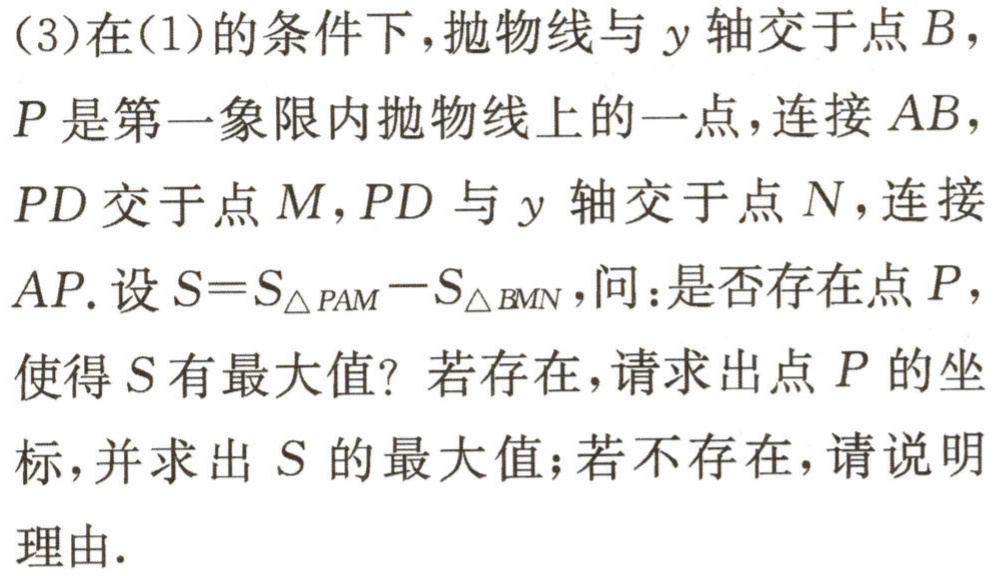
(3)在(1)的条件下，抛物线与\(y\)轴交于点\(B\)，\(P\)是第一象限内抛物线上的一点，连接\(AB\)，\(PD\)交于点\(M\)，\(PD\)与\(y\)轴交于点\(N\)，连接\(AP\). 设\(S = S_{\triangle PAM}-S_{\triangle BMN}\)，问：是否存在点\(P\)，使得\(S\)有最大值？若存在，请求出点\(P\)的坐标，并求出 \(S\)的最大值；若不存在，请说明理由.